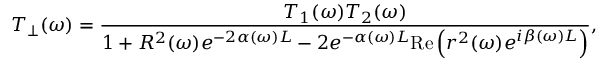
T _ { \perp } ( \omega ) = \frac { T _ { 1 } ( \omega ) T _ { 2 } ( \omega ) } { 1 + R ^ { 2 } ( \omega ) e ^ { - 2 \alpha ( \omega ) L } - 2 e ^ { - \alpha ( \omega ) L } \mathrm { R e } \left( r ^ { 2 } ( \omega ) e ^ { i \beta ( \omega ) L } \right) } ,